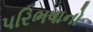
પરિભષાનો